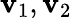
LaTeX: \mathbf{v}_{1},\mathbf{v}_{2}